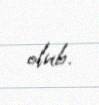
olub.